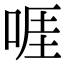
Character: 啀